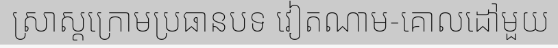
ស្រាស្តក្រោមប្រធានបទ វៀតណាម-គោលដៅមួយ